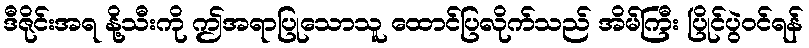
ဒီဇိုင်းအရ နို့သီးကို ဤအရာပြုသောသူ ထောင်ပြလိုက်သည် အိမ်ကြီး ပြိုင်ပွဲဝင်ရန်